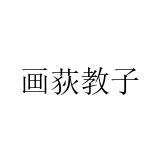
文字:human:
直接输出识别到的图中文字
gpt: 画荻教子